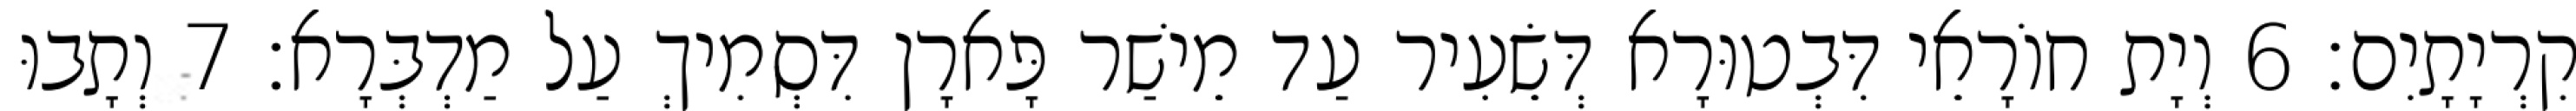
קִרְיָתָיִם׃ 6 וְיָת חוֹרָאֵי דִּבְטוּרָא דְּשֵׂעִיר עַד מֵישַׁר פָּארָן דִּסְמִיךְ עַל מַדְבְּרָא׃ 7 וְתָבוּ